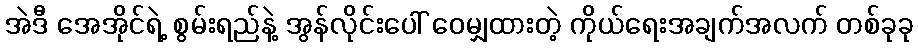
အဲဒီ အေအိုင်ရဲ့ စွမ်းရည်နဲ့ အွန်လိုင်းပေါ် ဝေမျှထားတဲ့ ကိုယ်ရေးအချက်အလက် တစ်ခုခု